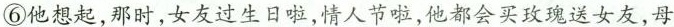
⑥他想起,那时,女友过生日啦,情人节啦,他都会买玫瑰送女友,母